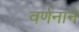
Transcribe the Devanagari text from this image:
वर्णनाने